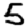
Digit: 5